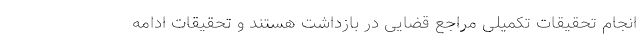
انجام تحقیقات تکمیلی مراجع قضایی در بازداشت هستند و تحقیقات ادامه